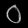
Digit: ၀